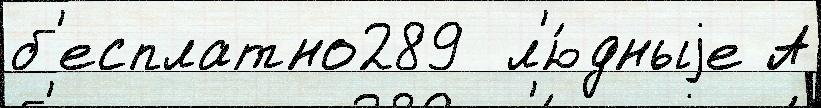
б'есплатно289  л'ю́дныjе А